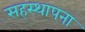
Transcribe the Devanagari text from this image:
सहस्थापना